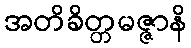
အတိခိတ္တမဇ္ဇာနိ